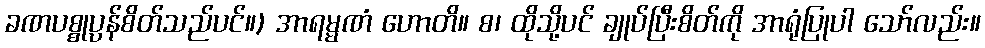
ခဏပစ္စုပ္ပန်စိတ်သည်ပင်။) အာရမ္မဏံ ဟောတိ။ စ၊ ထိုသို့ပင် ချုပ်ပြီးစိတ်ကို အာရုံပြုပါ သော်လည်း။